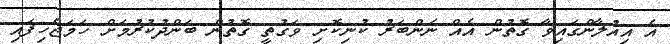
އެ އިއުލާންގައިވާ ގޮތުން އެއް ނަންބަރު ކުނިކޮށި ވަގުތީ ގޮތުން ބަންދުކުރުމަށް ހަމަޖެހިފައި